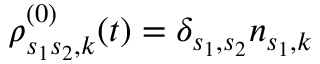
\rho _ { s _ { 1 } s _ { 2 } , k } ^ { ( 0 ) } ( t ) = \delta _ { s _ { 1 } , s _ { 2 } } n _ { s _ { 1 } , k }